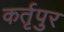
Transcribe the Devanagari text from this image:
कर्तृपुर